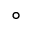
^ \circ